Annual statistical returns and brief notes on vaccination in Bengal - 1909-1929
Year: 1909
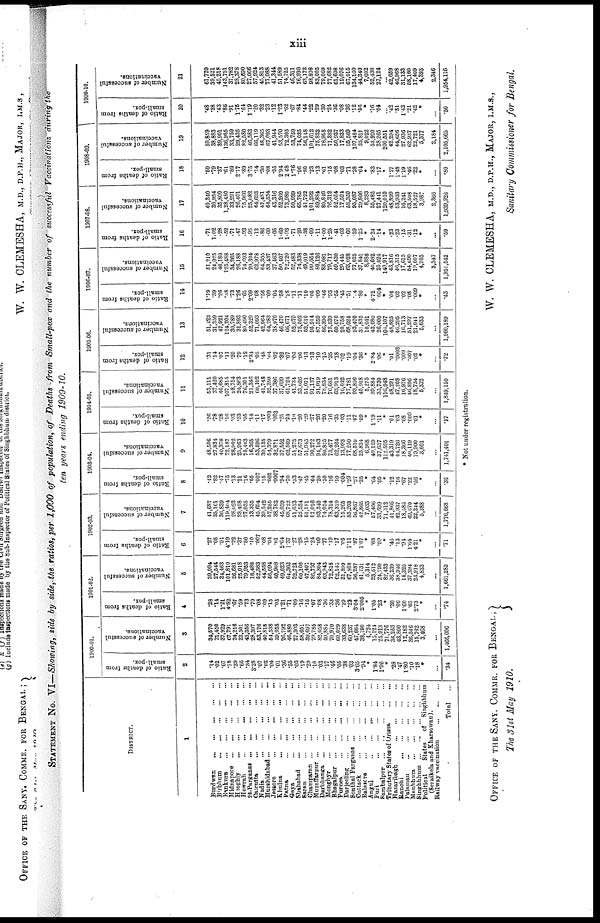
xiii
STATEMENT No. VI—Showing, side by side, the ratios, per 1,000 of population, of Deaths from Small-pox and the number of successful Vaccinations during the
ten years ending 1909-10.
DISTRICT.
1
Burdwan...
...
...
...
...
Birbhum...
...
...
...
...
Bankura...
...
...
...
...
Midnapore...
...
...
...
...
Hooghly...
...
...
...
...
Howrah...
...
...
...
...
24-Parganas...
...
...
...
...
Calcutta...
...
...
...
Nadia...
...
...
...
...
Murshidabad...
...
...
...
...
Jessore...
...
...
...
Khulna...
...
...
...
...
Patna...
...
...
...
...
Gaya...
...
...
...
...
Shahabad
...
...
...
...
...
Saran...
...
...
...
...
Champaran...
...
...
...
...
...
Muzaffarpur...
...
...
...
...
Darbhanga...
...
...
...
...
Monghyr...
...
...
...
...
Bhagalpur...
...
...
...
Purnea...
...
...
...
...
Darjeeling...
...
...
...
...
Sonthal
Parganas...
...
...
...
Cuttack...
...
...
...
...
Balasore...
...
...
...
...
Angul...
...
...
...
...
Puri...
...
...
...
...
Sarnbalpur ... ... ... ... ...
Tributary States of Orissa...
...
...
Hazaribagh...
...
...
...
Ranchi...
...
...
...
Palamau...
...
...
...
Manbhum...
...
...
...
...
Singhbhum...
...
...
...
...
Political
States
of Singhbhum
(Seraikela and Kharsowan).
Railway
vaccination...
...
...
Total...
1900-01.
Ratio of deaths from
small-pox.
2
.14
.02
.67
.78
.39
.65
.34
3.28
.07
.02
.04
.01
.36
.55
.03
.10
.29
.10
.03
.17
.46
.06
.38
.03
3.65
.94
*
1.84
1.96
*
.28
.47
1.80
.10
.18
*
...
.34
Number of successful
vaccinations.
3
34,570
21,450
37,929
67,791
24,216
22,501
43,356
28,397
53,176
40,818
54,538
39,958
26,792
46,880
27,303
58,651
39,607
79,785
82,058
59,884
70,970
60,029
33,638
60,237
47,664
38,190
4,724
15,124
25,913
71,776
36,253
43,800
12,182
36,546
15,742
3,468
...
1,466,006
1901-02.
Ratio of deaths from
small-pox.
4
.28
.14
1.21
4.82
.67
.59
.73
.79
.08
.09
.15
.03
1.21
.71
.09
.16
.15
.07
.08
.36
.33
.36
.29
.22
3.04
2.005
*
1.05
.23
*
.30
.06
1.60 .65
2.73
*
...
.74
Number of successful
vaccinations.
5
39,994
27,544
34,463
101,810
26,681
25,018
79,953
18,488
53,383
44,558
56,094
40,908
49,023
64,362
32,721
60,106
47,401
86,737
84,304
63,943
72,818
62,145
31,899
67,808
56,287
41,731
5,314
23,512
24,790
82,433
36,239
38,946
14,325
37,294
23,918
4,833
...
1,661,283
1902-03.
Ratio of deaths from
small-pox.
6
.27
.05
.91
4.19
.22
.37
.50
.10
.007
.08
.04
.01
2.64
1.37
.27
.28
.15
.24
.09
.77
.19
.17
.65
1.11
.87
1.07
*
.68
.09
*
.45
.13
.94
1.64
4.21
*
...
.71
Number of successful
vaccinations.
7
41,687
35,161
36,839
119,404
28,023
23,498
77,035
13,335
45,604
39,542
57,285
38,783
45,039
68,722
51,613
52,534
51,181
87,016
93,340
74,054
78,314
63,319
15,265
85,203
56,867
42,865
7,033
57,406
33,699
71,312
41,866
42,937
18,585
49,670
22,244
5,388
...
1,776,668
1903-04.
Ratio of deaths from
small-pox.
8
.42
.82
.47
.75
.13
.21
.16
.05
.007
.15
.002
.0007
.94
.70
.33
.47
.45
.64
.20
.50
.16
.10
.004
1.29
.27
.25
*
.64
.05
*
.12
.10
.67
.22
.56
*
...
.36
Number of successful
vaccinations.
9
48,506
27,834
40,378
72,187
28,902
23,903
75,403
16,365
53,596
39,135
54,379
32,871
37,552
62,569
51,275
57,673
51,945
90,272
94,103
80,825
75,477
62,264
13,983
77,250
68,510
25,824
6,968
49,129
37,637
112,595
43,319
44,726
18,366
40,119
19,900
3,601
...
1,741,401
1904-05.
Ratio of deaths from
small-pox.
10
.26
.78
.28
.16
.03
.03
.05
.14
.11
.17
.003
.003
.25
.24
.10
.20
.29
.27
.26
.20
.16
.35
.03
.11
.07
.09
*
1.19
.11
*
.01
.03
.08
.009
.01
*
...
.17
Number of successful
vaccinations.
11
53,111
37,420
46,685
107,815
28,754
24,863
76,301
21,346
60,102
41,748
52,250
37,386
37,699
61,724
41,734
53,626
51,071
91,137
91,019
78,834
76,681
63,913
16,032
77,781
93,806
45,018
5,275
39,884
35,750
116,948
48,291
47,208
16,976
46,896
18,734
5,332
...
1,849,150
1905-06.
Ratio of deaths from
small-pox.
12
.31
.14
.07
.11
.20
.79
.12
2.34
.05
.48
.04
.02
.32
.07
.06
.06
.13
.13
.10
.15
.35
.18
.02
.19
.04
.36
*
2.84
.06
*
.01
.0008
.009
.007
.02
*
...
.22
Number of successful
vaccinations.
13
51,423
31,359
47,921
124,204
30,789
31,893
80,490
52,329
71,093
42,964
64,283
38,970
46,470
66,671
52,679
78,502
52,610
95,914
87,559
86,390
78,539
60,070
20,758
68,024
93,420
31,835
10,041
43,080
26,000
104,107
48,825
46,295
16,713
51,297
21,041
5,633
...
1,960,189
1906-07.
Ratio of deaths from
small-pox.
14
1.19
.39
.26
.38
.73
1.26
.65
2.09
.08
.56
.09
.04
.58
. 28
.11
.11
.10
.05
.09
.46
.93
.55
.45
.51
.04
.80
*
4.72
.004
*
.04
.02
.02
.08
.009
*
...
.43
Number of successful
vaccinations.
15
51,210
24,025
46,180
125,488
34,265
26,188
74,693
29,394
62,978
64,305
53,437
37,463
50,407
72,720
52,483
74,338
49,019
99,054
80,126
83,081
79,717
59,430
29,445
63,028
77,025
37,841
8,886
40,682
25,024
149,917
43,816
46,315
17,615
54,690
19,007
4,903
3,347
1,951,542
1907-08.
Ratio of deaths from
small-pox.
16
.71
1.02
.28
.52
.71
.47
.93
.95
.12
.86
.09
.05
1.69
1.93
.71
.29
.38
.09
.11
1.00
1.25
.41
.03
.66
.29
1.25
*
2.24
.14
*
.23
.23
.15
.31
.12
*
...
.59
Number of successful
vaccinations.
17
49,340
30,954
36,800
1,28,480
33,291
26,401
75,966
25,082
64,693
47,481
64,534
43,316
52,260
73,980
50,939
65,785
51,722
101,292
89,884
80,846
76,312
52,054
17,594
58,350
95,087
29,806
8,233
55,482
27,441
120,010
48,899
53,933
16,241
63,508
18,527
3,987
2,366
1,939,926
1908-09.
Ratio of deaths from
small-pox.
18
.50
.79
.37
.61
.89
2.17
.89
3.75
.14
.30
.08
.05
2.94
2.68
1.76
.96
.80
.23
.13
.61
.15
.08
.03
.71
.28
.64
*
.83
.17
*
1.27
1.48
1.19
.46
.22
*
...
. 80
Number of successful
vaccinations.
19
59,859
38,883
39,901
136,955
33,759
29,435
82,580
46,583
66,119
48,365
67,093
41,944
53,570
72,395
53,759
74,035
56,148
101,612
75,833
78,958
71,382
50,937
17,833
65,509
107,484
35,811
9,022
53,920
28,265
200,551
42,294
44,656
27,936
62,937
22,721
5,377
2,184
2,105,605
1909-10.
Ratio of deaths from
small-pox.
20
.48
.38
.43
.86
.91
1.75
.64
1.19
.20
.32
.23
.12
1.23
.62
.67
.84
.44
.22
.29
.30
.24
.36
.08
.36
.12
.56
*
.16
.04
...
.42
.81
1.42
.21
.42
*
...
.50
Number of successful
vaccinations.
21
61,729
39,521
45,218
143,751
37,782
28,378
80,690
27,066
57,924
45,813
77,088
41,344
51,589
74,725
46,311
76,930
63,172
98,808
83,005
79,069
77,682
61,698
19,076
67,015
134,160
44,340
7,602
52,438
27,124
...
42,659
46,968
31,133
58,160
17,409
4,393
2,346
1,954,116
* Not under registration.
OFFICE OF THE SANY. COMMR. FOR BENGAL,
The 31st May 1910.
W. W. CLEMESHA, M.D., D.P.H., MAJOR, I.M.S„
Sanitary Commissioner for Bengal.